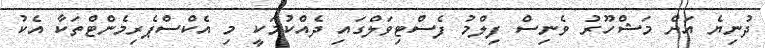
ދުނިޔެ އަށް މަޝްހޫރު ވެނިސް ފިލްމު ފެސްޓިވަލްގައި ދެއްކުމަކީ މި އެކްސްޕެރިމެންޓްތަކާ އެކު